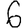
Digit: 6